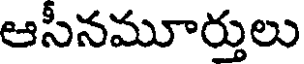
ఆసీనమూర్తులు